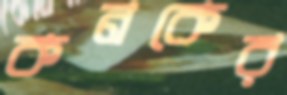
কনকের